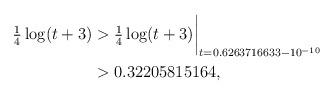
LaTeX: \begin{align*}\tfrac14\log(t+3) & > \tfrac14\log(t+3)\biggr\rvert_{t=0.6263716633 - 10^{-10}} \\& > 0.32205815164 , \end{align*}